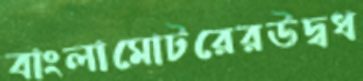
বাংলামোটরেরউদ্বধ